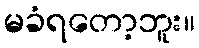
မခံရတော့ဘူး။